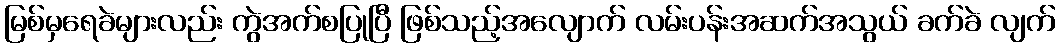
မြစ်မှရေခဲများလည်း ကွဲအက်စပြုပြီ ဖြစ်သည့်အလျောက် လမ်းပန်းအဆက်အသွယ် ခက်ခဲ လျက်